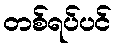
တစ်ရပ်ပင်